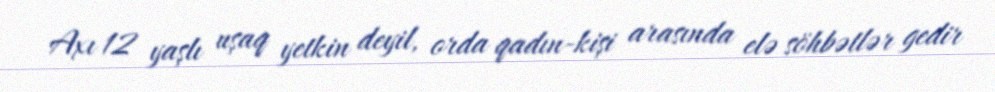
Axı 12 yaşlı uşaq yetkin deyil, orda qadın-kişi arasında elə söhbətlər gedir